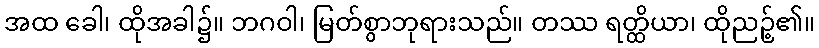
အထ ခေါ၊ ထိုအခါ၌။ ဘဂဝါ၊ မြတ်စွာဘုရားသည်။ တဿ ရတ္ထိယာ၊ ထိုညဉ့်၏။